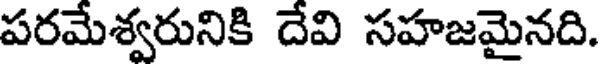
పరమేశ్వరునికి దేవి సహజమైనది.